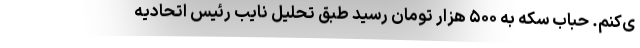
ی‌کنم. حباب سکه به ۵۰۰ هزار تومان رسید طبق تحلیل نایب رئیس اتحادیه